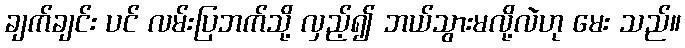
ချက်ချင်း ပင် လမ်းပြဘက်သို့ လှည့်၍ ဘယ်သွားမလို့လဲဟု မေး သည်။